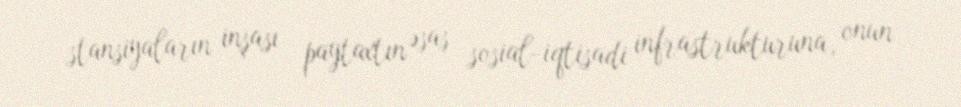
stansiyaların inşası paytaxtın əsas sosial-iqtisadi infrastrukturuna, onun